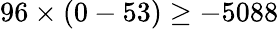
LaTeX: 96\times(0-53)\geq-5088